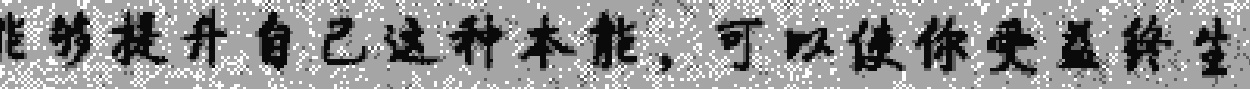
能够提升自己这种本能，可以使你受益终生